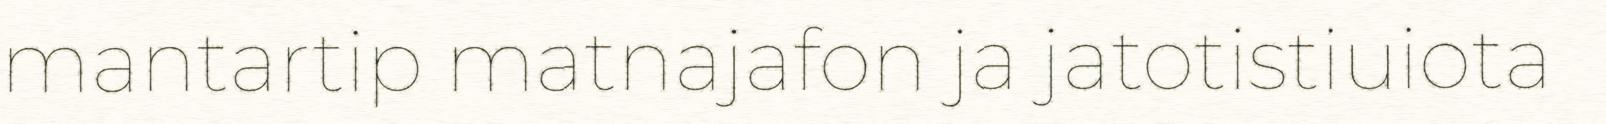
mantartip matnajafon ja jatotistiuiota